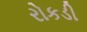
રોકડી